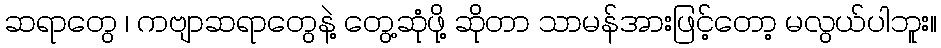
ဆရာတွေ ၊ ကဗျာဆရာတွေနဲ့ တွေ့ဆုံဖို့ ဆိုတာ သာမန်အားဖြင့်တော့ မလွယ်ပါဘူး။